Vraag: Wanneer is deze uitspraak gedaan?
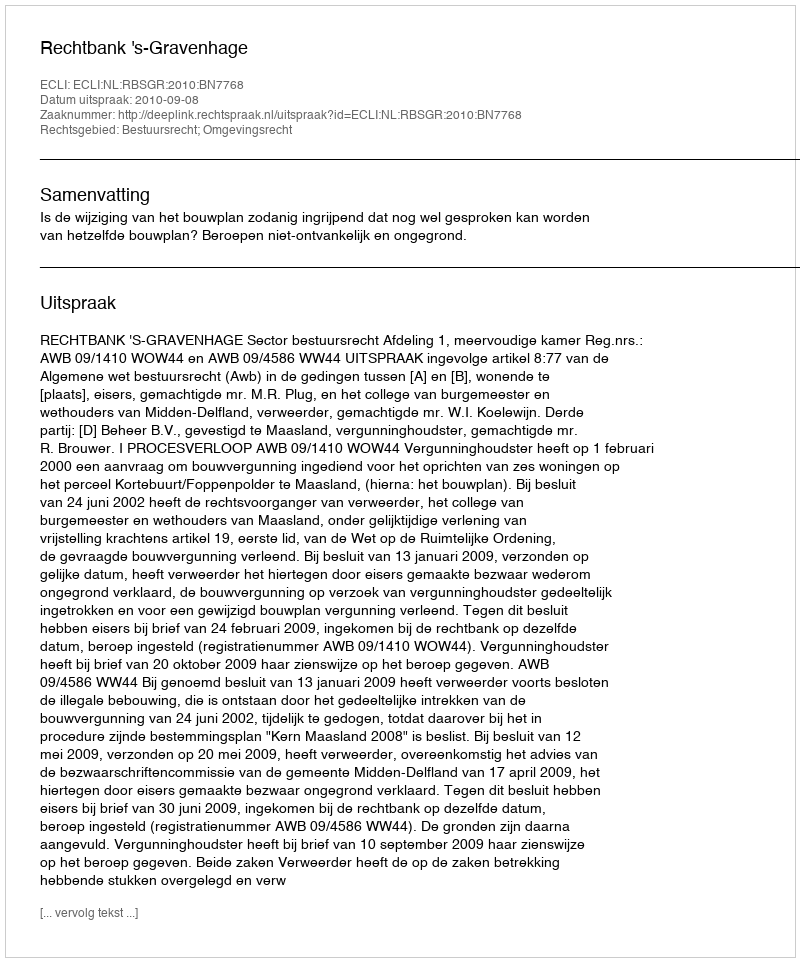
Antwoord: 2010-09-08